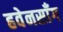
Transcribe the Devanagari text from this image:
हवेनसाँग